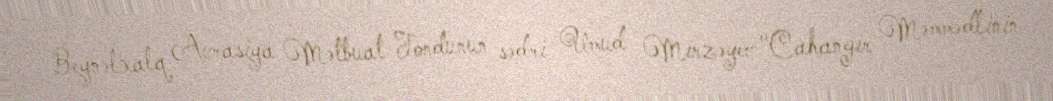
Beynəlxalq Avrasiya Mətbuat Fondunun sədri Umud Mirzəyev:"Cahangir Məmmədlinin